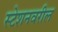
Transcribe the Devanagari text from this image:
स्टेशनवरील